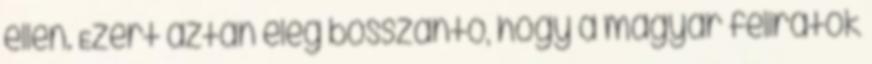
ellen. Ezért aztán elég bosszantó, hogy a magyar feliratok